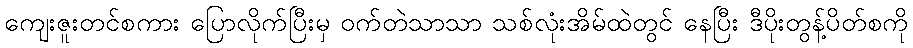
ကျေးဇူးတင်စကား ပြောလိုက်ပြီးမှ ဝက်တဲသာသာ သစ်လုံးအိမ်ထဲတွင် နေပြီး ဒီပိုးတွန့်ပိတ်စကို